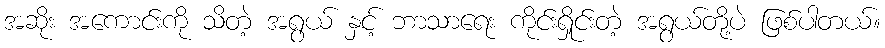
အဆိုး အကောင်းကို သိတဲ့ အရွယ် နှင့် ဘာသာရေး ကိုင်းရှိုင်းတဲ့ အရွယ်တို့ပဲ ဖြစ်ပါတယ်။